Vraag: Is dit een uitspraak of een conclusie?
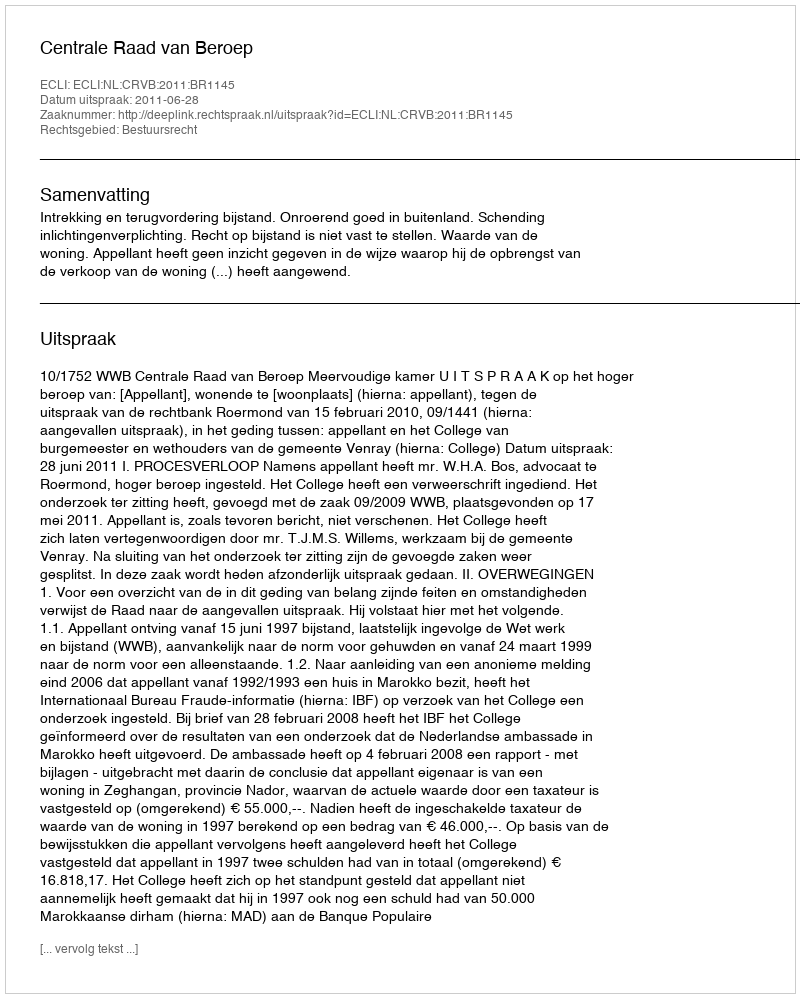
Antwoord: Uitspraak